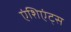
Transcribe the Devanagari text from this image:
एंशिएंट्स